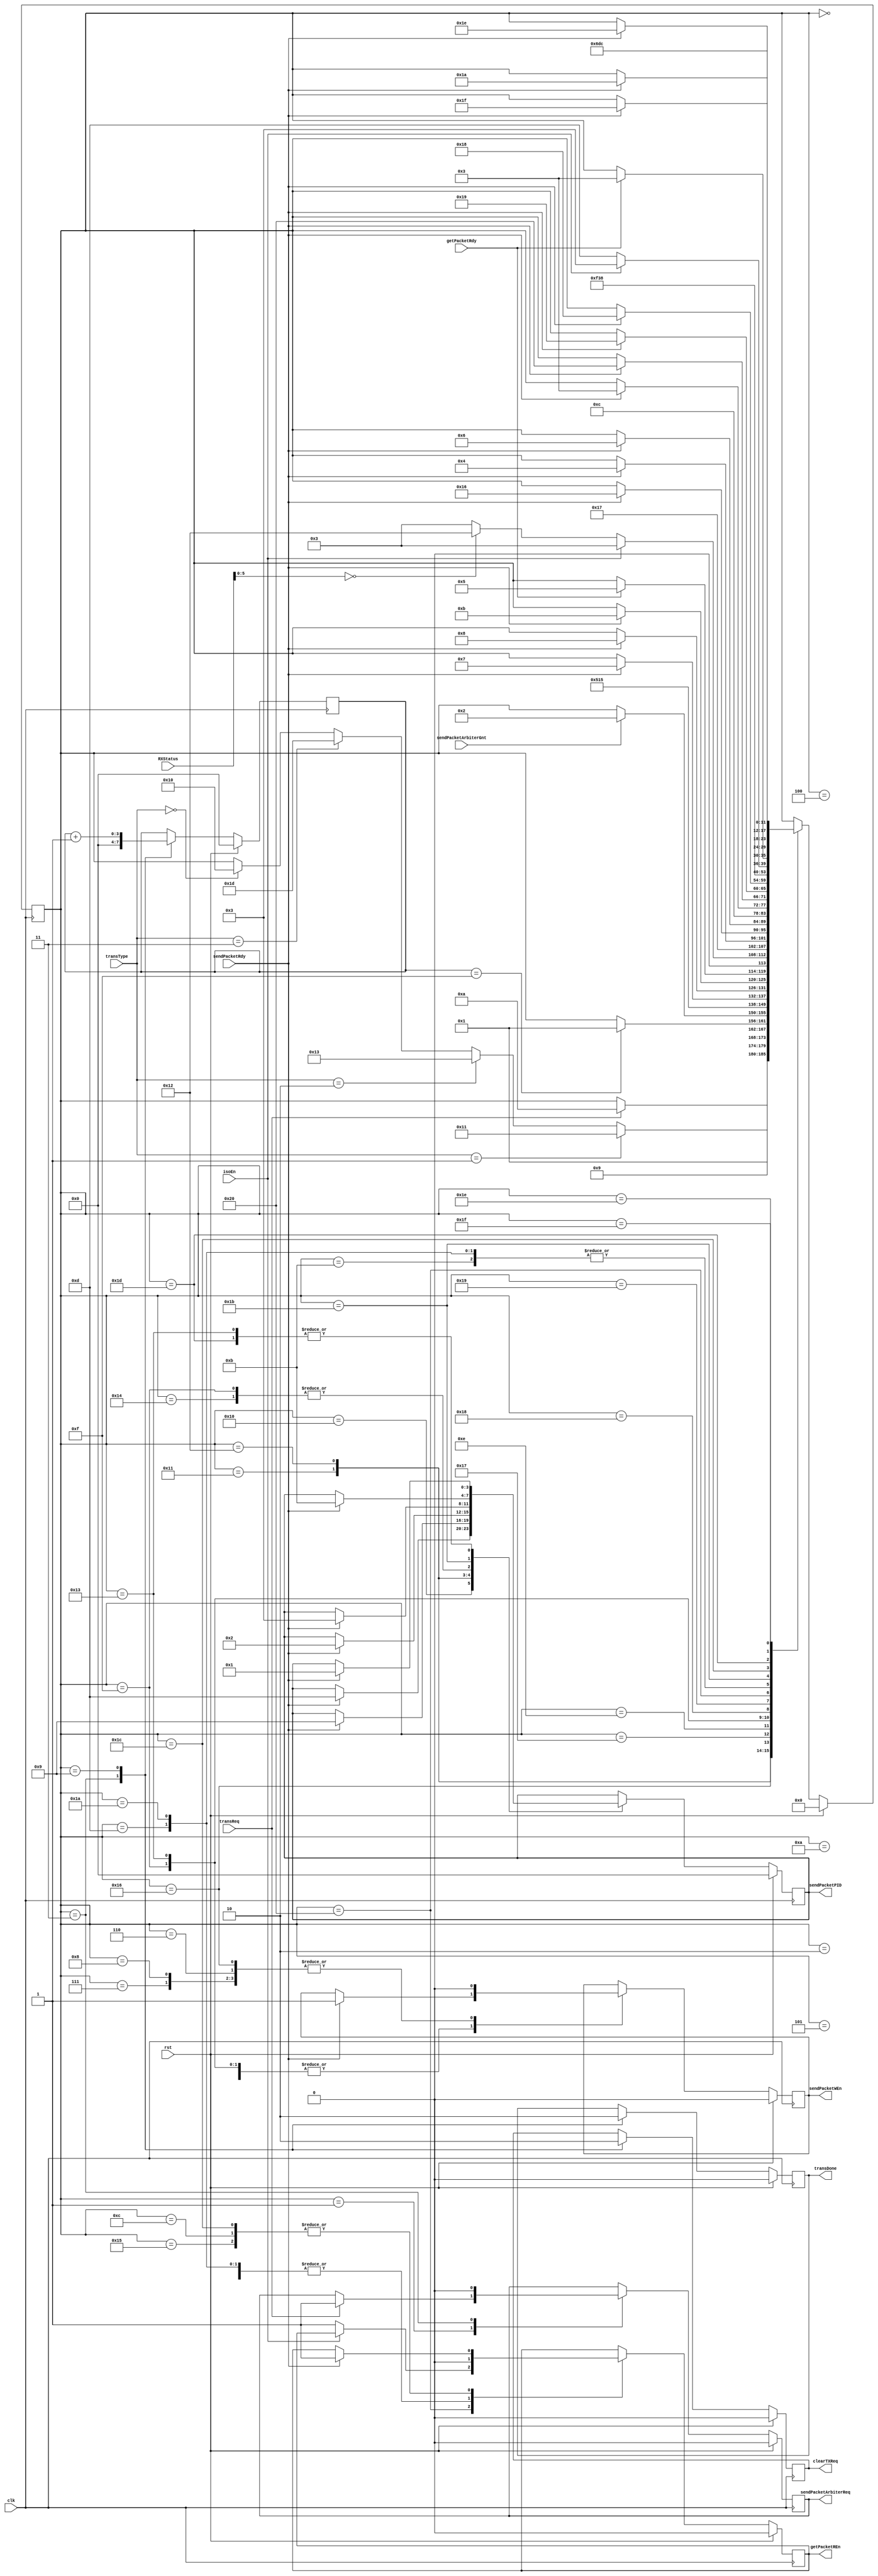
module hostcontroller (
	input		[7:0]	RXStatus,
	input				clk,
	input				getPacketRdy,
	input				isoEn,
	input				rst,
	input				sendPacketArbiterGnt,
	input				sendPacketRdy,
	input				transReq,
	input		[1:0]	transType,
	output	reg			clearTXReq,
	output	reg			getPacketREn,
	output	reg			sendPacketArbiterReq,
	output	reg	[3:0]	sendPacketPID,
	output	reg			sendPacketWEn,
	output	reg			transDone
);

	reg				next_clearTXReq;
	reg				next_getPacketREn;
	reg				next_sendPacketArbiterReq;
	reg		[3:0]	next_sendPacketPID;
	reg				next_sendPacketWEn;
	reg				next_transDone;

	reg		[3:0]	delCnt, next_delCnt;

	reg		[5:0]	CurrState_hstCntrl;
	reg		[5:0]	NextState_hstCntrl;


	//--------------------------------------------------------------------
	// Machine: hstCntrl
	//--------------------------------------------------------------------
	//----------------------------------
	// Next State Logic (combinatorial)
	//----------------------------------
	always@(*) begin
		NextState_hstCntrl <= CurrState_hstCntrl;
		// Set default values for outputs and signals
		next_sendPacketArbiterReq <= sendPacketArbiterReq;
		next_transDone <= transDone;
		next_clearTXReq <= clearTXReq;
		next_delCnt <= delCnt;
		next_sendPacketWEn <= sendPacketWEn;
		next_getPacketREn <= getPacketREn;
		next_sendPacketPID <= sendPacketPID;
		case(CurrState_hstCntrl) // synopsys parallel_case full_case
			6'd0: begin
				NextState_hstCntrl <= 6'd1;
			end
			6'd1: begin
				if(transReq) begin
					NextState_hstCntrl <= 6'd10;
					next_sendPacketArbiterReq <= 1'b1; end
			end
			6'd2: begin
				if(transType==2'b01)		NextState_hstCntrl <= 6'd17;
				else if(transType==2'b10)	NextState_hstCntrl <= 6'd19;
				else if(transType==2'b11)	NextState_hstCntrl <= 6'd29;
				else if(transType==2'b00)	NextState_hstCntrl <= 6'd16;
			end
			6'd3: begin
				next_transDone <= 1'b1;
				next_clearTXReq <= 1'b1;
				next_sendPacketArbiterReq <= 1'b0;
				next_delCnt <= 4'h0;
				NextState_hstCntrl <= 6'd9;
			end
			6'd9: begin
				next_clearTXReq <= 1'b0;
				next_transDone <= 1'b0;
				next_delCnt <= delCnt + 1'b1;
				//now wait for 'transReq' to clear
				if(delCnt==4'hf)	NextState_hstCntrl <= 6'd1;
			end
			6'd10: begin
				if(sendPacketArbiterGnt)	NextState_hstCntrl <= 6'd2;
			end
			6'd7: begin
				next_sendPacketWEn <= 1'b0;
				NextState_hstCntrl <= 6'd20;
			end
			6'd8: begin
				next_sendPacketWEn <= 1'b0;
				NextState_hstCntrl <= 6'd21;
			end
			6'd11: begin
				next_getPacketREn <= 1'b0;
				if(getPacketRdy)	NextState_hstCntrl <= 6'd3;
			end
			6'd16: begin
				if(sendPacketRdy) begin
					NextState_hstCntrl <= 6'd7;
					next_sendPacketWEn <= 1'b1;
					next_sendPacketPID <= 4'hd; end
			end
			6'd20: begin
				if(sendPacketRdy) begin
					NextState_hstCntrl <= 6'd8;
					next_sendPacketWEn <= 1'b1;
					next_sendPacketPID <= 4'h3; end
			end
			6'd21: begin
				if(sendPacketRdy) begin
					NextState_hstCntrl <= 6'd11;
					next_getPacketREn <= 1'b1; end
			end
			6'd4: begin
				next_getPacketREn <= 1'b0;
				if(getPacketRdy)	NextState_hstCntrl <= 6'd5;
			end
			6'd5: begin
				if(isoEn)						NextState_hstCntrl <= 6'd3;
				else if(RXStatus[5:0]==6'b0)	NextState_hstCntrl <= 6'd18;
				else							NextState_hstCntrl <= 6'd3;
			end
			6'd6: begin
				next_sendPacketWEn <= 1'b0;
				NextState_hstCntrl <= 6'd23;
			end
			6'd12: begin
				if(sendPacketRdy) begin
					NextState_hstCntrl <= 6'd4;
					next_getPacketREn <= 1'b1; end
			end
			6'd17: begin
				if(sendPacketRdy) begin
					NextState_hstCntrl <= 6'd22;
					next_sendPacketWEn <= 1'b1;
					next_sendPacketPID <= 4'h9; end
			end
			6'd18: begin
				if(sendPacketRdy) begin
					NextState_hstCntrl <= 6'd6;
					next_sendPacketWEn <= 1'b1;
					next_sendPacketPID <= 4'h2; end
			end
			6'd22: begin
				next_sendPacketWEn <= 1'b0;
				NextState_hstCntrl <= 6'd12;
			end
			6'd23: begin
				if(sendPacketRdy)	NextState_hstCntrl <= 6'd3;
			end
			6'd13: begin
				next_getPacketREn <= 1'b0;
				if(getPacketRdy)	NextState_hstCntrl <= 6'd3;
			end
			6'd14: begin
				if(sendPacketRdy)	NextState_hstCntrl <= 6'd32;
			end
			6'd15: begin
				if(sendPacketRdy) begin
					NextState_hstCntrl <= 6'd25;
					next_sendPacketWEn <= 1'b1;
					next_sendPacketPID <= 4'h3; end
			end
			6'd19: begin
				if(sendPacketRdy) begin
					NextState_hstCntrl <= 6'd24;
					next_sendPacketWEn <= 1'b1;
					next_sendPacketPID <= 4'h1; end
			end
			6'd24: begin
				next_sendPacketWEn <= 1'b0;
				NextState_hstCntrl <= 6'd15;
			end
			6'd25: begin
				next_sendPacketWEn <= 1'b0;
				NextState_hstCntrl <= 6'd14;
			end
			6'd32: begin
				if(~isoEn) begin
					NextState_hstCntrl <= 6'd13;
					next_getPacketREn <= 1'b1; end
				else	NextState_hstCntrl <= 6'd3;
			end
			6'd26: begin
				next_getPacketREn <= 1'b0;
				if(getPacketRdy)	NextState_hstCntrl <= 6'd3;
			end
			6'd27: begin
				if(sendPacketRdy) begin
					NextState_hstCntrl <= 6'd31;
					next_sendPacketWEn <= 1'b1;
					next_sendPacketPID <= 4'hb; end
			end
			6'd28: begin
				if(sendPacketRdy) begin
					NextState_hstCntrl <= 6'd26;
					next_getPacketREn <= 1'b1; end
			end
			6'd29: begin
				if(sendPacketRdy) begin
					NextState_hstCntrl <= 6'd30;
					next_sendPacketWEn <= 1'b1;
					next_sendPacketPID <= 4'h1; end
			end
			6'd30: begin
				next_sendPacketWEn <= 1'b0;
				NextState_hstCntrl <= 6'd27;
			end
			6'd31: begin
				next_sendPacketWEn <= 1'b0;
				NextState_hstCntrl <= 6'd28;
			end
		endcase
	end

	//----------------------------------
	// Current State Logic (sequential)
	//----------------------------------
	always@(posedge clk) begin
		if(rst)	CurrState_hstCntrl <= 6'd0;
		else	CurrState_hstCntrl <= NextState_hstCntrl;
	end

	//----------------------------------
	// Registered outputs logic
	//----------------------------------
	always@(posedge clk) begin
		if(rst) begin
			delCnt <= 4'h0;
			transDone <= 1'b0;
			clearTXReq <= 1'b0;
			getPacketREn <= 1'b0;
			sendPacketArbiterReq <= 1'b0;
			sendPacketWEn <= 1'b0;
			sendPacketPID <= 4'b0; end
		else begin
			delCnt <= next_delCnt;
			transDone <= next_transDone;
			clearTXReq <= next_clearTXReq;
			getPacketREn <= next_getPacketREn;
			sendPacketArbiterReq <= next_sendPacketArbiterReq;
			sendPacketWEn <= next_sendPacketWEn;
			sendPacketPID <= next_sendPacketPID; end
	end

endmodule